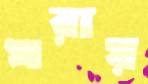
খরায়